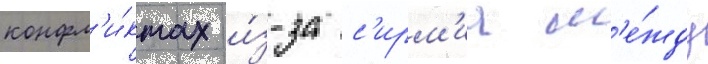
конфл'и́ктах и́з-за с'ирм'иа м'е́жду